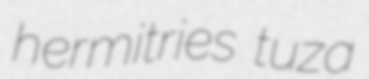
hermitries tuza